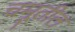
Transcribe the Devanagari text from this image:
चमूतील